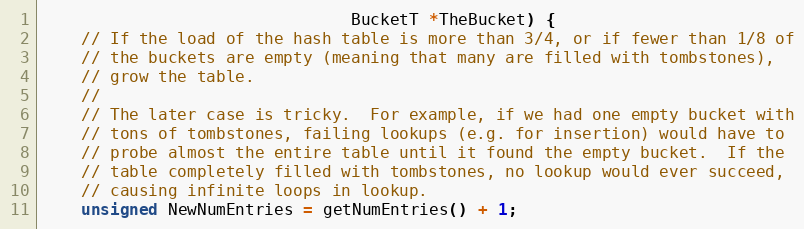
Language: C
                                BucketT *TheBucket) {
    // If the load of the hash table is more than 3/4, or if fewer than 1/8 of
    // the buckets are empty (meaning that many are filled with tombstones),
    // grow the table.
    //
    // The later case is tricky.  For example, if we had one empty bucket with
    // tons of tombstones, failing lookups (e.g. for insertion) would have to
    // probe almost the entire table until it found the empty bucket.  If the
    // table completely filled with tombstones, no lookup would ever succeed,
    // causing infinite loops in lookup.
    unsigned NewNumEntries = getNumEntries() + 1;